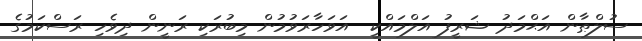
ސުލްޠާން އަޙްމަދު ޝަރީފު އަލްމައްކީ  އަވަހާރަވުމުން މިބުރަކި ރަނީން ދިވެހި ރަސްކަމުގެ